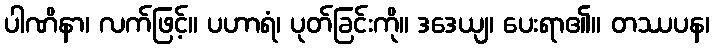
ပါဏိနာ၊ လက်ဖြင့်။ ပဟာရံ၊ ပုတ်ခြင်းကို။ ဒဒေယျ၊ ပေးရာ၏။ တဿပန၊